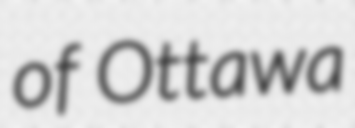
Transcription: of Ottawa